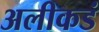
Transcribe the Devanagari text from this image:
अलीकडं